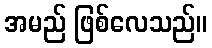
အမည် ဖြစ်လေသည်။